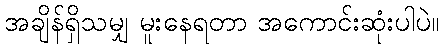
အချိန်ရှိသမျှ မူးနေရတာ အကောင်းဆုံးပါပဲ။